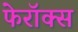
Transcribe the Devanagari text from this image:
फेरॉक्स